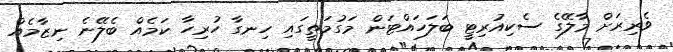
ވެރިރަށް މާލޭގެ ސެކިއުރިޓީ ބަލަހައްޓަން މަގުމަތީގައި ހިނގާ ހުރިހާ ކަމެއް ބެލޭނެ ނިޒާމެއް